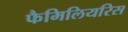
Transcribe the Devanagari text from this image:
फैमिलियरिस